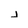
Character: j